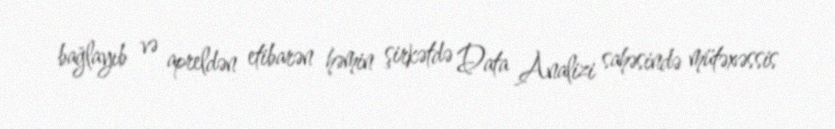
bağlayıb və apreldən etibarən həmin şirkətdə Data Analizi sahəsində mütəxəssis